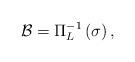
LaTeX: \begin{align*}\mathcal{B}=\Pi_L^{-1}\left(\sigma\right),\end{align*}